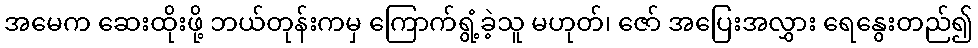
အမေက ဆေးထိုးဖို့ ဘယ်တုန်းကမှ ကြောက်ရွံ့ခဲ့သူ မဟုတ်၊ ဇော် အပြေးအလွှား ရေနွေးတည်၍